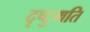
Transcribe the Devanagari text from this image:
दृष्टुमति